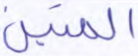
المتين